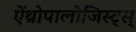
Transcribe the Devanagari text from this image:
ऐंथ्रोपालोजिस्ट्स्